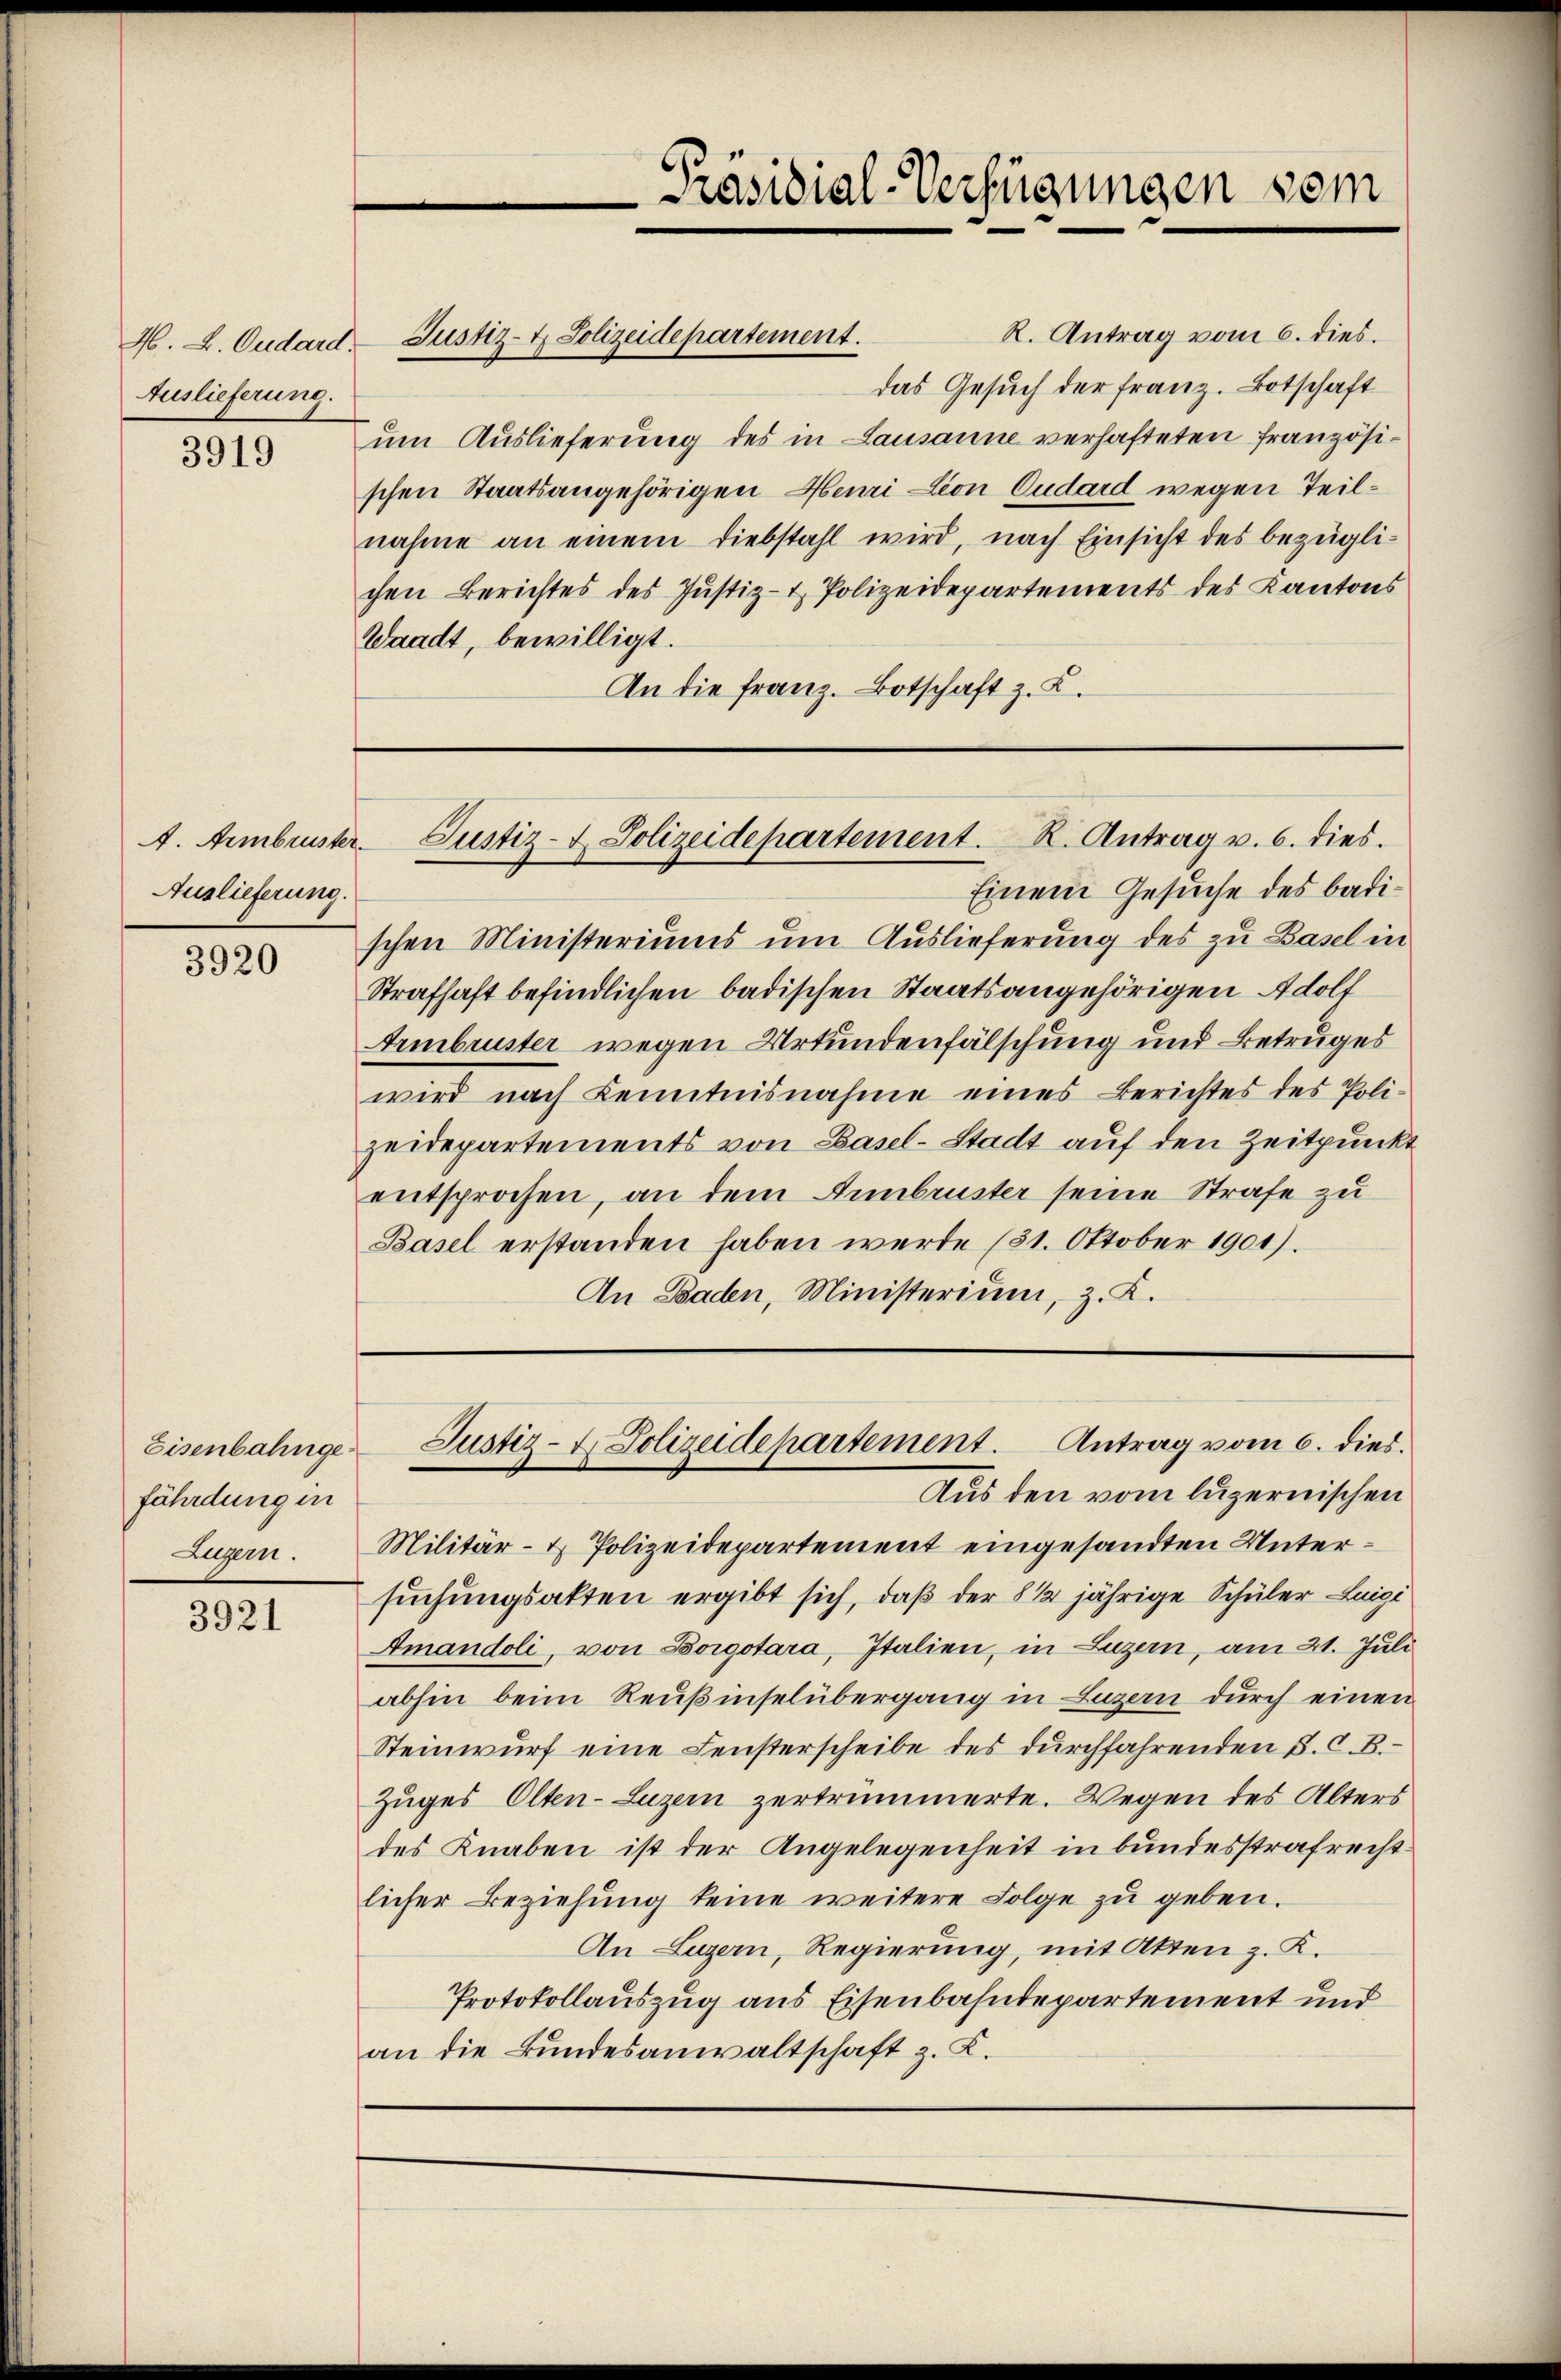
Auslieferung.

3919

A. Armbruster.
Auslieferung.

3920

fährdung in
Zugern.

3921

R. Antrag vom 6. dies.
H. L. Oudard Justiz- & Polizeidepartement.
das Gesuch der Franz. Botschaft
um Auslieferung des in Lausanne verhafteten französischen Staatsangehörigen Henri Lion Gudard wegen Teilnahme an einem Diebstahl wird, nach Einsicht des bezüglichen Berichtes des Justiz- & Polizeidepartements des Kantons
Waadt, bewilligt.
An die franz. Botschaft z. K.

Präsidial-Verfügungen vom

Einem Gesuche des badischen Ministeriums um Auslieferung des zu Basel in
Strafhaft befindlichen badischen Staatsangehörigen Adolf
Armbruster wegen Urkundenfälschung und Betruges
wird nach Kenntnisnahme eines Berichtes des Polizeidepartements von Basel-Stadt auf den Zeitpunkt
entsprochen, an dem Februster seine Strafe zu
Basel erstanden haben werde 131. Oktober 1901).
An Baden, Ministerium, z. K.

Justiz- u. Polizeidepartement. R. Antrag v. 6. dies.

Eisenbahnge Justiz- & Polizeidepartement. Antrag vom 6. dies.
Aus den vom luzernischen

Militär- & Polizeidepartement eingesandten Untersuchungsakten ergibt sich, daß der 8 1/2 jährige Schüler Luigi
Amandoli, von Borgotara, Italien, in Luzern, am 21. Juli
abhin beim Reußinselübergang in Luzern durch einen
Steinwurf eine Fensterscheibe des durchfahrenden S. C. B.
Zuges Olten-Luzern zertrümmerte. Wegen des Alters
des Knaben ist der Angelegenheit in bundesstrafrechtlicher Beziehung keine weitere Folge zu geben.
An Luzern, Regierung, mit Akten z. K.
Protokollauszug aus Eisenbahndepartement und
an die Bundesanwaltschaft z. K.